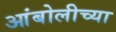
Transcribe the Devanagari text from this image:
आंबोलीच्या